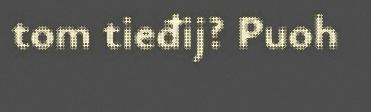
tom tieđij? Puoh